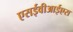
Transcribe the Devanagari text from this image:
एसईवीआईएस